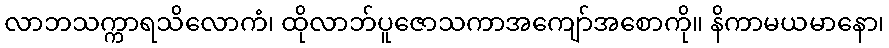
လာဘသက္ကာရသိလောကံ၊ ထိုလာဘ်ပူဇောသကာအကျော်အစောကို။ နိကာမယမာနော၊